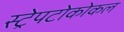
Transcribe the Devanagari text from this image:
स्ट्रेपटोकोकल